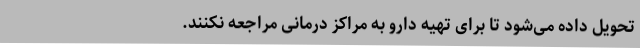
تحویل داده می‌شود تا برای تهیه دارو به مراکز درمانی مراجعه نکنند.